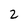
Character: 2